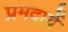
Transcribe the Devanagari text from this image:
प्रमदायें